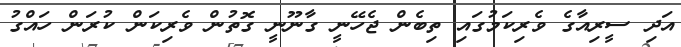
އަދި ސީރިއާގެ ވެރިކަމުގައި ތިބެން ޖެހޭނީ ގާނޫނީ ގޮތުން ވެރިކަން ކުރަން ހައްގު